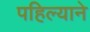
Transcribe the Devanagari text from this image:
पहिल्याने